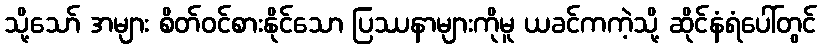
သို့သော် အများ စိတ်ဝင်စားနိုင်သော ပြဿနာများကိုမူ ယခင်ကကဲ့သို့ ဆိုင်နံရံပေါ်တွင်